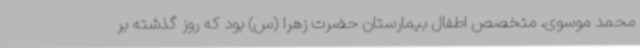
محمد موسوی، متخصص اطفال بیمارستان حضرت زهرا (س) بود که روز گذشته بر